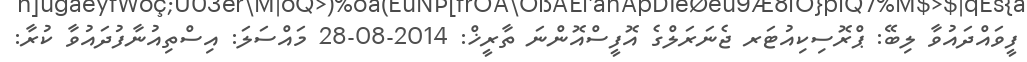
ފީވައްދައުވާ ލިބޭ: ޕްރޮސިކިއުޓަރ ޖެނަރަލްގެ އޮފީސްއޮންނަ ތާރީޚް: 2014-08-28 މައްސަލަ: އިސްތިއުނާފުދައުވާ ކުރާ: